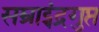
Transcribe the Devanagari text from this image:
सम्राट्चंद्रगुप्त